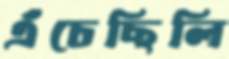
এঁচেছিলি